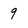
Character: 9